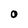
Character: 0